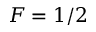
F = 1 / 2